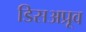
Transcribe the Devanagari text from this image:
डिसअप्रूव